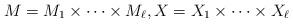
LaTeX: \begin{align*}M = M_1 \times \dots \times M_\ell,X = X_1 \times \dots \times X_\ell\end{align*}